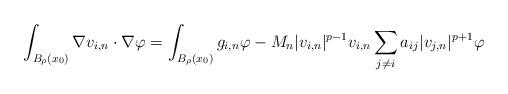
LaTeX: \begin{align*}\int_{B_{\rho}(x_0)} \nabla v_{i,n} \cdot \nabla \varphi = \int_{B_{\rho}(x_0)} g_{i,n} \varphi - M_n |v_{i,n}|^{p-1}v_{i,n} \sum_{j \neq i} a_{ij} |v_{j,n}|^{p+1} \varphi\end{align*}